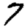
Digit: 7